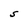
Character: S